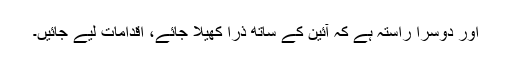
اور دوسرا راستہ ہے کہ آئین کے ساتھ ذرا کھیلا جائے، اقدامات لیے جائیں۔